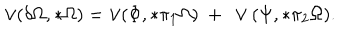
\vee ( \delta \Omega , * \Omega ) = \vee ( \Phi , * \pi _ { 1 } \Omega ) \ + \ \vee ( \Psi , * \pi _ { 2 } \Omega ) .